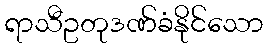
ရာသီဥတုဒဏ်ခံနိုင်သော